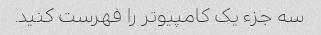
سه جزء یک کامپیوتر را فهرست کنید.